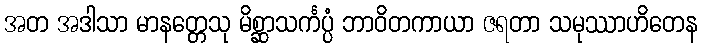
အတ အဒါသာ မာနတ္တေသု မိစ္ဆာသင်္ကပ္ပံ ဘာဝိတကာယာ ဇရတာ သမုဿာဟိတေန